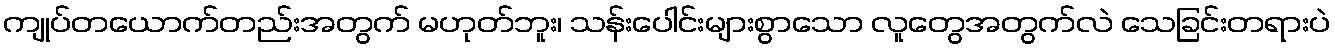
ကျုပ်တယောက်တည်းအတွက် မဟုတ်ဘူး၊ သန်းပေါင်းများစွာသော လူတွေအတွက်လဲ သေခြင်းတရားပဲ